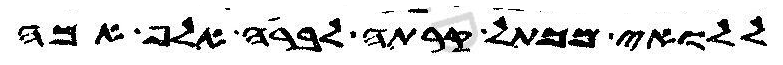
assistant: ללואי מכתל קרתה לברה אלף אמה